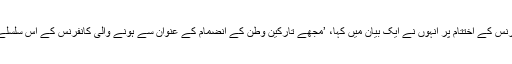
گزشتہ روز ایسی چوتھی کانفرنس کے اختتام پر انہوں نے ایک بیان میں کہا، ’مجھے تارکین وطن کے انضمام کے عنوان سے ہونے والی کانفرنس کے اس سلسلے کا کوئی مقصد نظر نہیں آتا۔